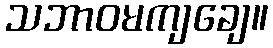
သဘာဝမကျချေ။